Vaccination in Bombay 1889-1901 - 1889-1901
Year: 1889
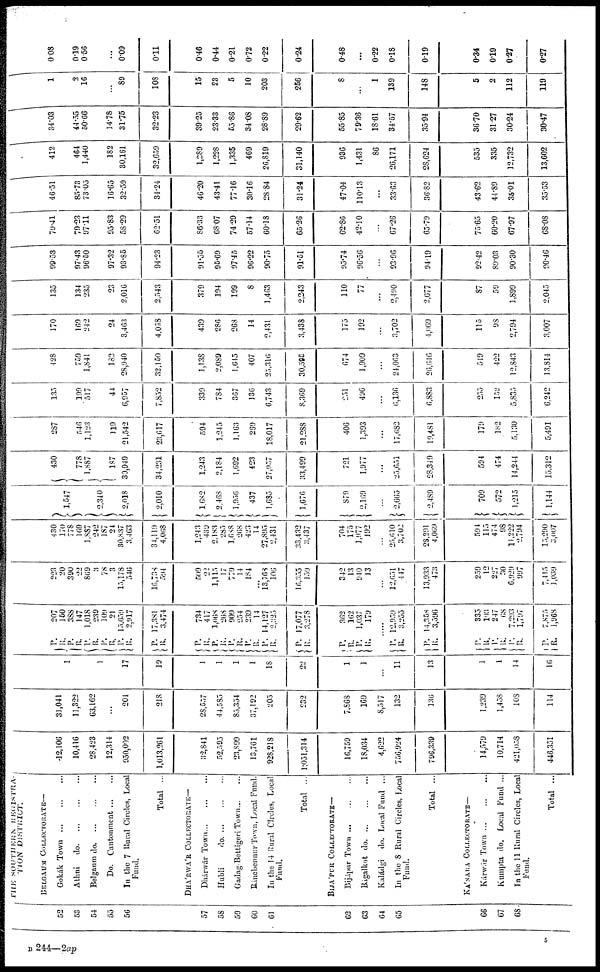
52
53
54
53
56
57
58
50
60
61
62
63
64
65
66
67
68
THE SOUTHERN REGISTRA¬
TION DISTRICT.
BELGAUM COLLECTORATE—
Gokák
Town...
...
...
Athni
do. ... ... ...
Belgaum
do.
...
...
...
Do.
Cantonment... ...
In the 7 Rural Circles, Local
Fund.
Total ...
DHÁRWÁR COLLECTORATE—
Dhárwár
Town...
...
...
Hubli
do. ... ... ...
Gadag Bettigeri Town... ...
Rinebennur Town, Local Fund.
In the 14 Rural Circles, Local
Fund.
Total ...
BIJÁPUR COLLECTORATE—
Bijápur Town ...
...
...
Bágalkot
do. ... ... ...
Kaládgi
do. Local Fund ...
In the 8 Rural Circles, Local
Fund.
Total ...
KÁNARA COLLECTORATE—
Kárwár
Town...
...
...
Kumpta do. Local Fund ...
In the 11 Rural Circles, Local
Fund.
Total ...
12,106
10,416
28,423
12,314
950,002
1,013,261
32,841
52,595
23,899
13,761
928,218
1,051,314
16,759
18,034
4,622
756,924
796,339
14,579
10,714
421,058
446,351
31,041
11,322
63,162
...
204
218
28,557
44,585
85,354
37,192
205
232
7,868
169
8,517
132
136
1,239
1,458
108
114
1
1
17
19
1
1
1
1
18
22
1
1
...
11
13
1
1
14
16
P.
R.
P.
R.
P.
R. P.
R.
P.
R.
P.
R.
P.
R.
P.
R.
P.
R.
P.
R.
P.
R.
P.
R.
P.
R.
P.
R.
207
150
388
147
1,018
239
109
21
15,659
2,917
17,381
3,474
734
417
1,068
268
909
254
239
14
14,127
2,325
17,077
3,278
362
162
1,037
179
.....
P.
R.
P.
R.
P.
R.
P.
R.
P.
R.
P.
R.
12,959
3,255
14,358
3,596
335
193
247
68
7,293
1,797
7,875
1,968
223
20
390
22
869
3
78
3
15,178
546
16,738
594
509
22
1,115
17
779
14
184
...
13,768
106
16,355
159
342
13
940
13
...
12,651
447
13,933
473
259
12
227
30
6,929
997
7,415
1,039
430
170
778
169
1,887
242
187
24
30,837
3,463
34,119
4,068
1,243
439
2,183
285
1,688
268
423
14
27,895
2,431
33,432
3,437
704
175
1,977
192
...
25,610
3,702
28,291
4,069
594
115
474
98
14,222
2,794
15,290
3,007
1,547
2,340
2,018
2,010
1,682
2,468
1,956
437
1,685
1,676
879
2,169
...
2,665
2,489
709
572
1,215
1,144
430
778
1,887
187
30,949
34,231
1,243
2,184
1,692
423
27,957
33,499
721
1,977
...
25,651
28,349
594
474
14,244
15,312
287
540
1,123
119
21,542
23,617
594
1,245
1,163
269
18,017
21,288
406
1,393
...
17,682
19,481
179
182
5,130
5,491
135
199
517
44
6,957
7,852
339
784
367
136
6,743
8,369
251
496
...
6,136
6,883
255
152
5,835
6,242
428
759
1,841
182
28,940
32,150
1,138
2,089
1,645
407
25,316
30,595
674
1,909
...
24,063
26,646
519
422
12,843
13,814
170
169
242
24
3,463
4,038
439
286
268
14
2,431
3,438
175
192
...
3,702
4,069
115
98
2,794
3,007
135
134
235
23
2,016
2,543
379
194
199
8
1,463
2,243
110
77
...
2,490
2,677
87
59
1,899
2,045
99.53
97.43
96.50
97.32
93.85
94.23
91.35
95.69
97.45
96.22
90.75
91.51
95.74
96.56
...
93.96
94.19
92.42
89.03
90.30
90.46
79.41
79.23
97.11
95.83
58.29
62.51
86.33
68.07
74.29
57.14
60.18
65.26
62.86
42.10
...
67.26
65.79
75.65
60.20
67.97
68.08
46.51
85.73
73.05
16.65
32.59
34.24
46.20
43.41
77.16
30.16
28.84
31.24
47.04
110.13
...
33.63
36.82
43.62
44.89
35.01
35.53
412
464
1,440
182
30,161
32,659
1,289
1,228
1,335
469
26,819
31,140
936
1,431
86
26,171
28,624
535
335
12,732
13,602
34.03
44.55
50.66
14.78
31.75
32.23
39.25
23.33
55.86
34.08
28.89
29.62
55.85
79.36
18.61
34.57
35.94
36.70
31.27
30.24
30.47
1
2
16
...
89
108
15
23
5
10
203
256
8
...
1
139
148
5
2
112
119
0.08
0.19
0.56
...
0.09
0.11
0.46
0.44
0.21
0.72
0.22
0.24
0.48
...
0.22
0.18
0.19
0.34
0.19
0.27
0.27
B 244—2ap
5